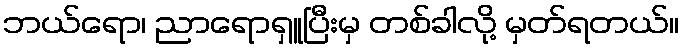
ဘယ်ရော၊ ညာရောရှူပြီးမှ တစ်ခါလို့ မှတ်ရတယ်။